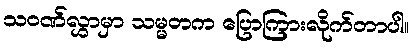
သဝဏ်လွှာမှာ သမ္မတက ပြောကြားလိုက်တာပါ။